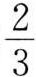
6千克，这只水桶可以装水多少千克?